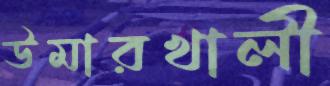
উমারখালী